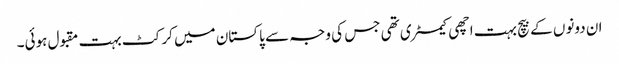
ان دونوں کے بیچ بہت اچھی کیمسٹری تھی جس کی وجہ سے پاکستان میں کرکٹ بہت مقبول ہوئی۔